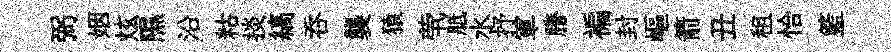
弼姻炫隰沿䊀掞縞吞襲猿茕胝水抒軍謄褊封嶇箭丑租恰籃